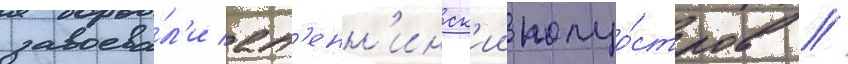
завоева́л'и ап'енн'инск'ии полуо́стров //